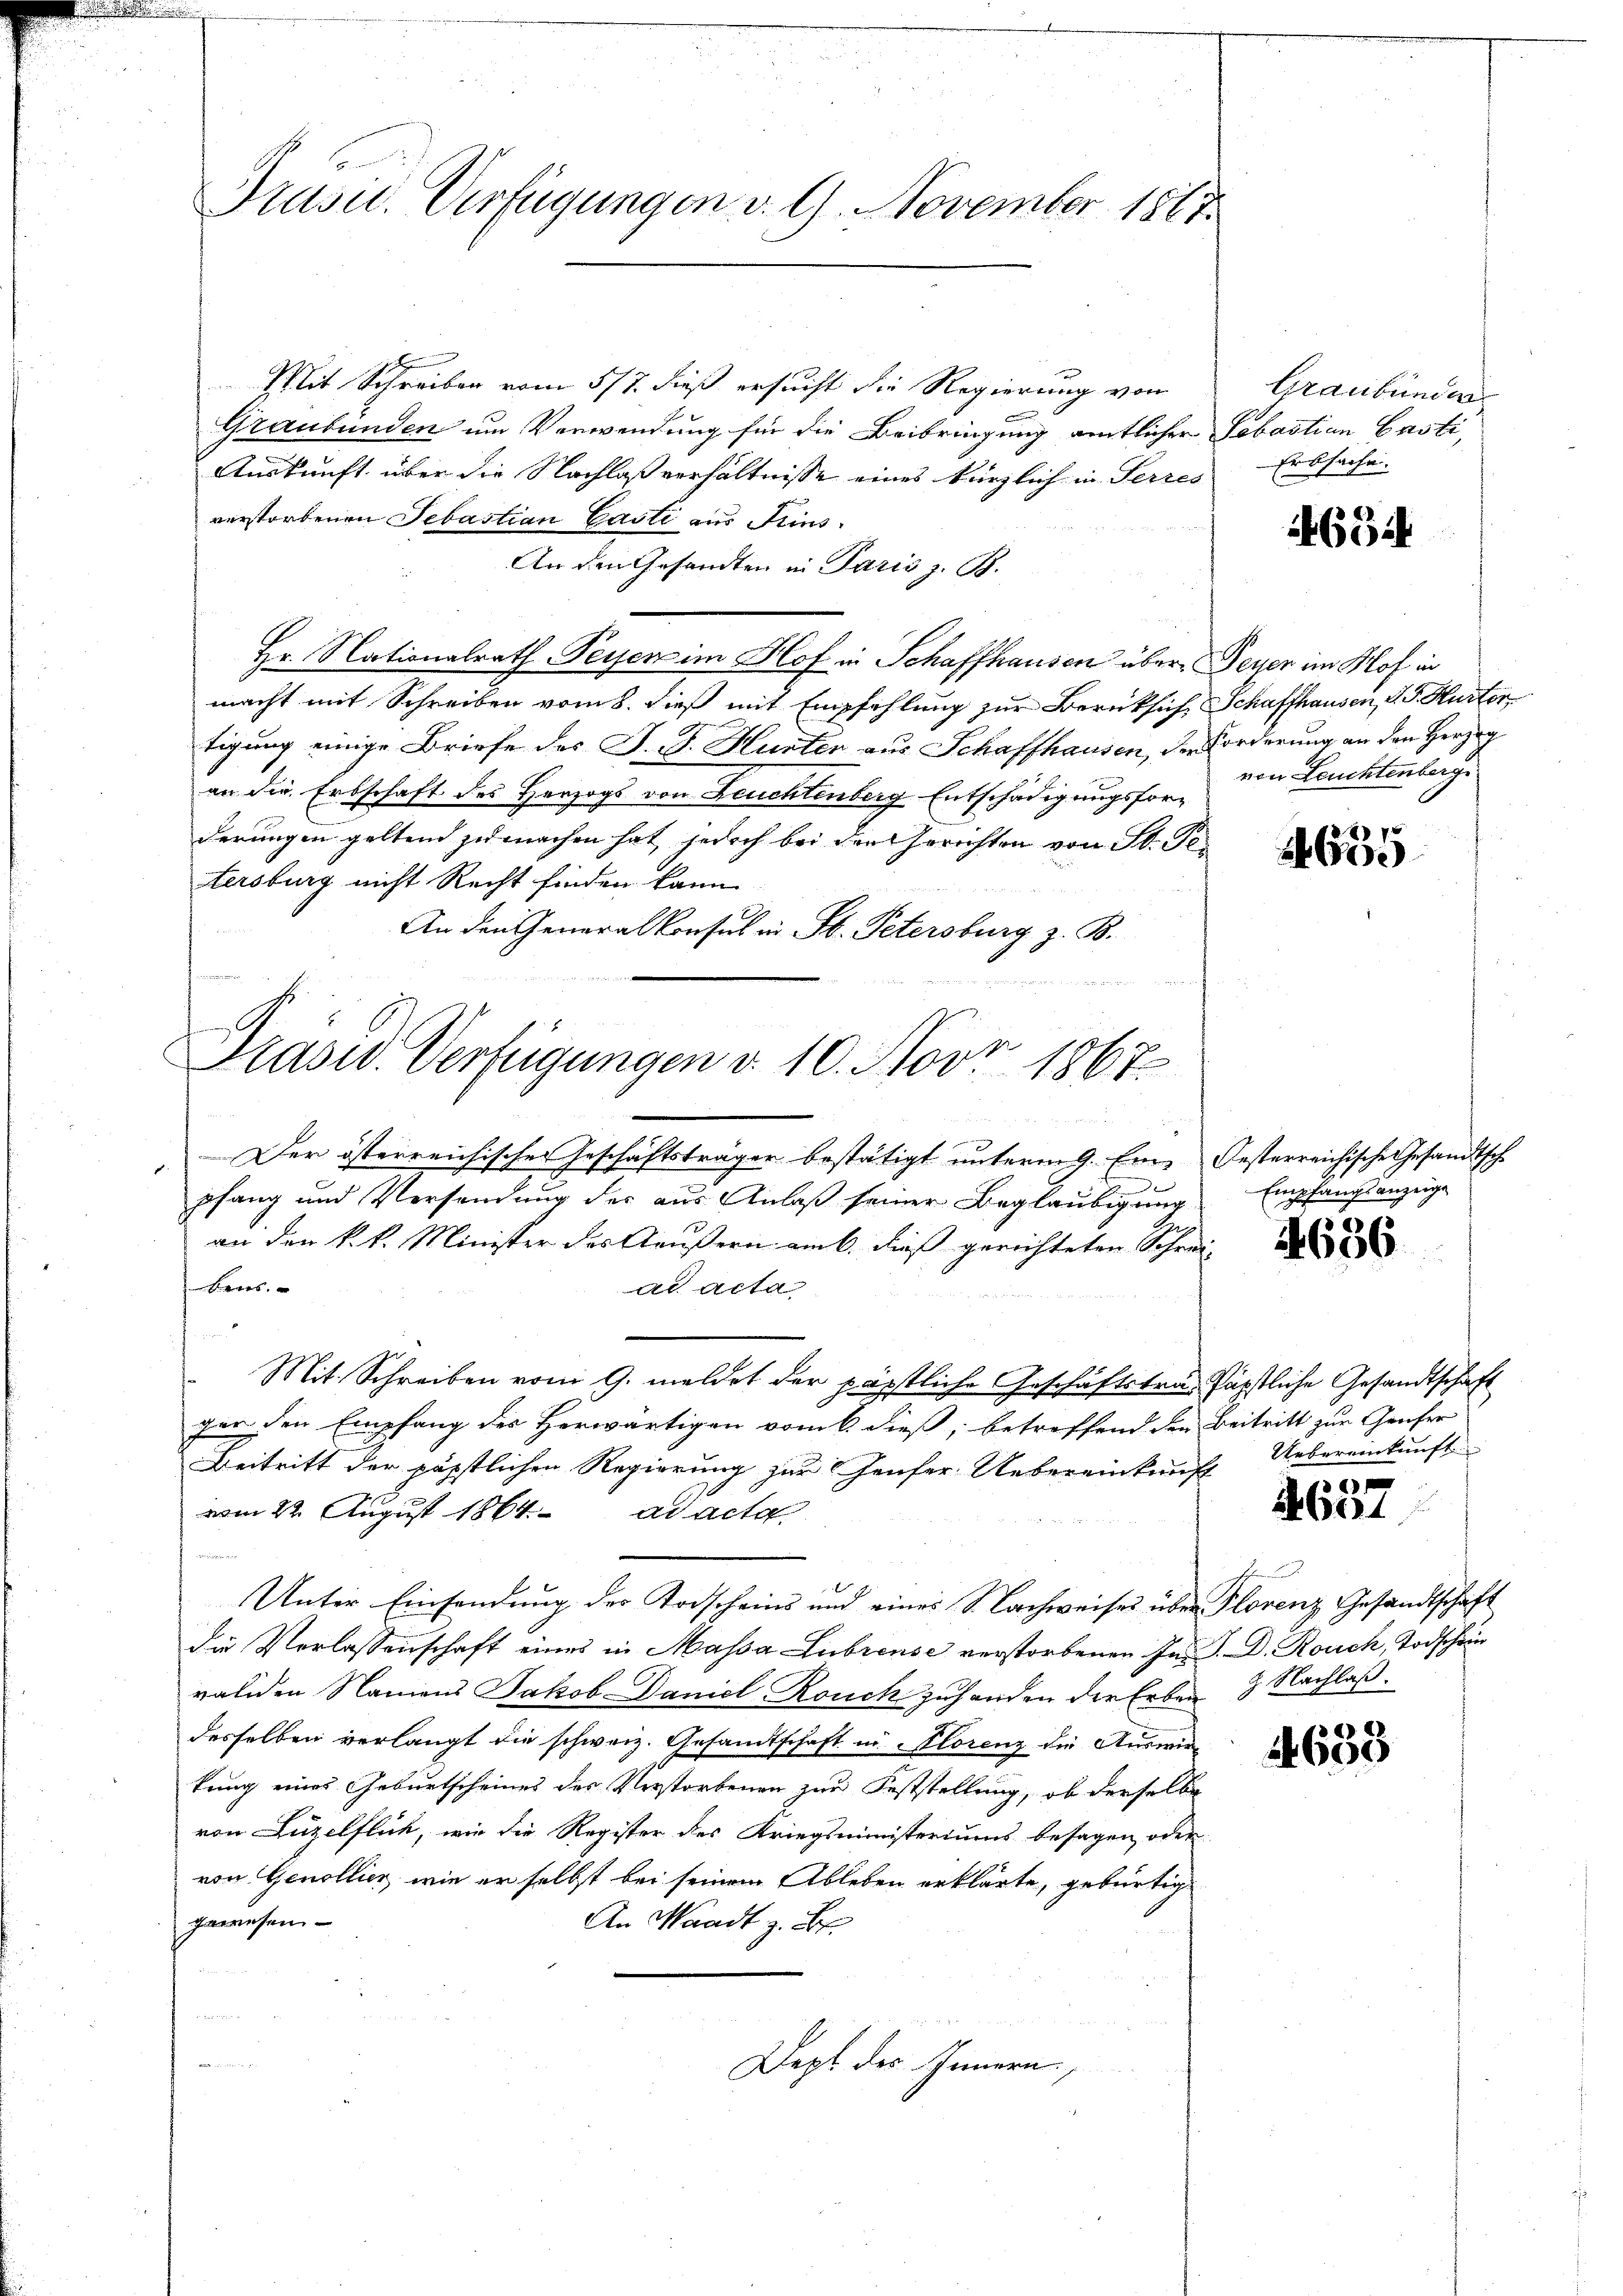
Drusid. Verfügungen v. 9. November 1817.

Mit Schreiben vom 5/7. dieß ersucht die Regierung von
Graubünden um Verwendung für die Beibringung amtlicher Sebastian Casti,
Auskunft über die Nachlaßverhältnisse eines kürzlich in Serzes
verstorbenen Sebastian Casti aus Hins¬
An den Gesandten in Paris z. B.
Hr. Nationalrath Peyen im Hof in Schaffhausen über Feyer im Klof in
macht mit Schreiben vom 8. dieß mit Empfehlung zur Berücksich, Schaffhausen, d. J. Hurter
tigung einige Briefe des J. J. Hunter aus Schaffhausen, der Forderung an den Herzog
an die Erbschaft des Herzogs von Deuchtenberg Entschädigungsforderungen geltend zu machen hat, jedoch bei den Gerichten von St. Petersburg nicht Recht finden kann.
An den Generalkonsul in St. Petersburg z. B.
x

Prasid. Verfügungen d. 10. Nov. 1867.
 2

Der österreichischen Geschäftsträger bestätigt unterm 9. Ein Oesterreichische Gesandtsch
z
pfang und Versendung des aus Anlaß seiner Beglaubigung
an der k. k. Minister des Aeußern am 6. dieß gerichteten Schrei-
Bers.
ad acta
Mit Schreiben vom 9. meldet der päpstliche Geschäftsträ- Päpstliche Gesandtschaft
ger den Empfang des Herwärtigen vom 6. dieß, betreffend den Beitritt zur Genfer
Beitritt der päpstlichen Regierung zur Häuser Uebereinkunft
vom 22. August 1864. ad acta
Unter Einsendung der Todscheins und eines S. Bachweises über Florenz Gesandtschaft
die Verlassenschaft eines in Massa Lubreuse verstorbenen Ins. S. D. Rouch, Todschein
validen Namens Jakob Daniel Rouch zuhanden der Erben 3 Nachlaß.
desselben verlangt die schweiz. Gesandtschaft in Klorenz die Auswirkung eines Geburtscheines des Verstorbenen zur Feststellung, ob derselbe
von Luzelflich, wie die Register des Kriegsministeriums besagen oder
von Genollier, wie er selbst bei seinem Ableben erklärte, gebürtige
gewesen.
An Waadt z. B.
un

Dept des Innern,

Graubünden
Erbsache.

465

von Leuchtenberg

28
24600

Empfangsanzeige

4686

Uebereinkunft

1
2601

.

4600